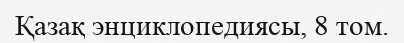
Қазақ энциклопедиясы, 8 том.